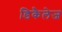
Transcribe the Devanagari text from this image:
डिकैलेज